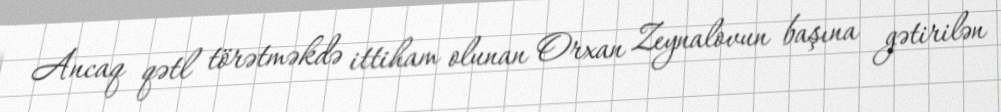
Ancaq qətl törətməkdə ittiham olunan Orxan Zeynalovun başına gətirilən